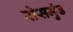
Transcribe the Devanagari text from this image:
रोसमुंड